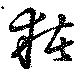
猪